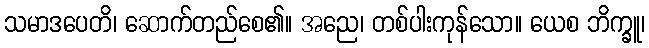
သမာဒပေတိ၊ ဆောက်တည်စေ၏။ အညေ၊ တစ်ပါးကုန်သော။ ယေစ ဘိက္ခူ၊